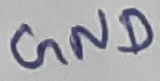
Text: GND